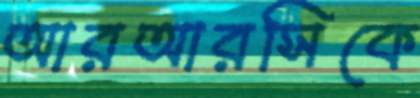
আরআরসিকে